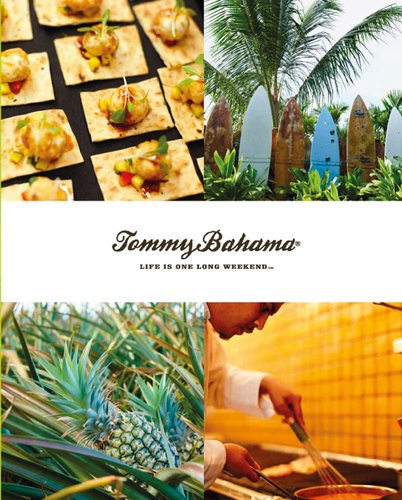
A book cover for Tommy Bahama: Life is One Long Weekend; DK Publishing; Cookbooks, Food & Wine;